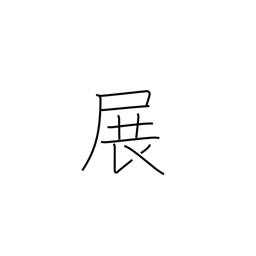
Meaning: unfold